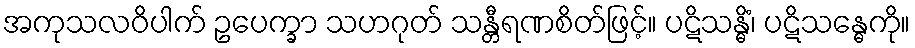
အကုသလဝိပါက် ဥပေက္ခာ သဟဂုတ် သန္တီရဏစိတ်ဖြင့်။ ပဋိသန္ဓိံ၊ ပဋိသန္ဓေကို။